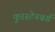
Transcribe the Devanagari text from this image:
फुरस्टेनबर्ग